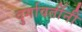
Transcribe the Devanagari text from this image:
दुर्गावतींनी